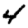
Digit: 4